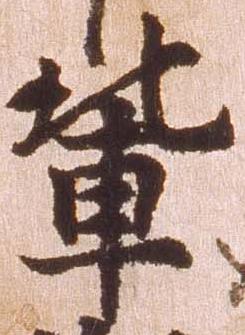
輩